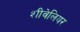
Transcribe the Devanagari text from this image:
शीवेलियर